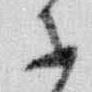
等